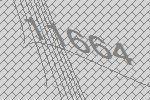
11664